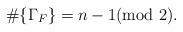
LaTeX: \begin{align*}\#\{\Gamma_F \}=n-1 (\mathrm{mod}~2).\end{align*}